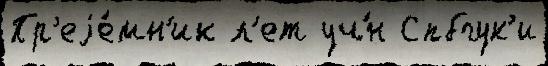
Пр'еjе́мн'ик л'ет уч́н Спбгук'и